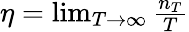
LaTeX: \begin{array}{r}{\eta=\operatorname*{lim}_{T\rightarrow\infty}\frac{n_{T}}{T}}\end{array}